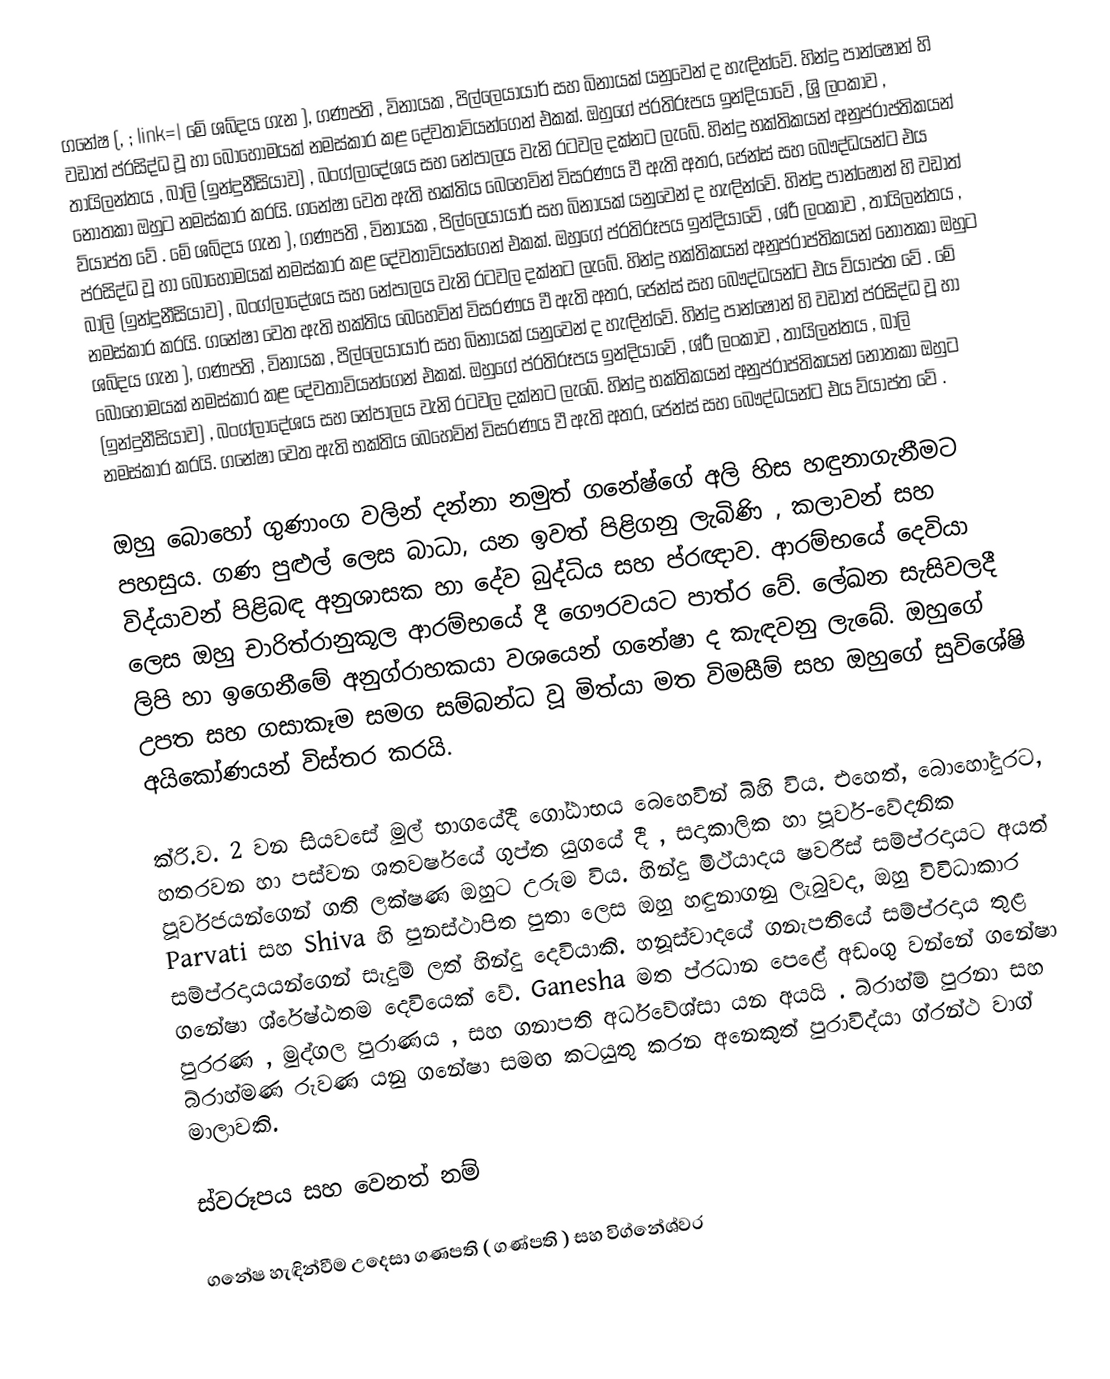
ගනේෂ (,  ; link=| මේ ශබ්දය ගැන   ), ගණපති , විනායක , පිල්ලෙයායාර් සහ බිනායක් යනුවෙන් ද හැඳින්වේ. හින්දු පාන්ෂොන් හි වඩාත් ප්රසිද්ධ වූ හා බොහෝමයක් නමස්කාර කළ දේවතාවියන්ගෙන් එකක්.   ඔහුගේ ප්රතිරූපය ඉන්දියාවේ , ශ්‍රි ලංකාව , තායිලන්තය , බාලි (ඉන්දුනීසියාව) , බංග්ලාදේශය සහ නේපාලය වැනි රටවල දක්නට ලැබේ.   හින්දු භක්තිකයන් අනුප්රාප්තිකයන් නොතකා ඔහුට නමස්කාර කරයි.   ගනේෂා වෙත ඇති භක්තිය බෙහෙවින් විසරණය වී ඇති අතර, ජෙන්ස් සහ බෞද්ධයන්ට එය ව්යාප්ත වේ .  මේ ශබ්දය ගැන   ), ගණපති , විනායක , පිල්ලෙයායාර් සහ බිනායක් යනුවෙන් ද හැඳින්වේ. හින්දු පාන්ෂොන් හි වඩාත් ප්රසිද්ධ වූ හා බොහෝමයක් නමස්කාර කළ දේවතාවියන්ගෙන් එකක්.   ඔහුගේ ප්රතිරූපය ඉන්දියාවේ , ශ්රී ලංකාව , තායිලන්තය , බාලි (ඉන්දුනීසියාව) , බංග්ලාදේශය සහ නේපාලය වැනි රටවල දක්නට ලැබේ.   හින්දු භක්තිකයන් අනුප්රාප්තිකයන් නොතකා ඔහුට නමස්කාර කරයි.   ගනේෂා වෙත ඇති භක්තිය බෙහෙවින් විසරණය වී ඇති අතර, ජෙන්ස් සහ බෞද්ධයන්ට එය ව්යාප්ත වේ .  මේ ශබ්දය ගැන   ), ගණපති , විනායක , පිල්ලෙයායාර් සහ බිනායක් යනුවෙන් ද හැඳින්වේ. හින්දු පාන්ෂොන් හි වඩාත් ප්රසිද්ධ වූ හා බොහෝමයක් නමස්කාර කළ දේවතාවියන්ගෙන් එකක්.   ඔහුගේ ප්රතිරූපය ඉන්දියාවේ , ශ්රී ලංකාව , තායිලන්තය , බාලි (ඉන්දුනීසියාව) , බංග්ලාදේශය සහ නේපාලය වැනි රටවල දක්නට ලැබේ.   හින්දු භක්තිකයන් අනුප්රාප්තිකයන් නොතකා ඔහුට නමස්කාර කරයි.   ගනේෂා වෙත ඇති භක්තිය බෙහෙවින් විසරණය වී ඇති අතර, ජෙන්ස් සහ බෞද්ධයන්ට එය ව්යාප්ත වේ .

ඔහු බොහෝ ගුණාංග වලින් දන්නා නමුත් ගනේෂ්ගේ අලි හිස හඳුනාගැනීමට පහසුය.   ගණ පුළුල් ලෙස බාධා, යන ඉවත් පිළිගනු ලැබිණි  , කලාවන් සහ විද්යාවන් පිළිබඳ අනුශාසක හා දේව බුද්ධිය සහ ප්රඥාව.   ආරම්භයේ දෙවියා ලෙස ඔහු චාරිත්රානුකූල ආරම්භයේ දී ගෞරවයට පාත්ර වේ.  ලේඛන සැසිවලදී ලිපි හා ඉගෙනීමේ අනුග්රාහකයා වශයෙන් ගනේෂා ද කැඳවනු ලැබේ.   ඔහුගේ උපත සහ ගසාකෑම සමග සම්බන්ධ වූ මිත්යා මත විමසීම් සහ ඔහුගේ සුවිශේෂි අයිකෝණයන් විස්තර කරයි.

ක්රි.ව. 2 වන සියවසේ මුල් භාගයේදී ගෝඨාභය බෙහෙවින් බිහි විය.  එහෙත්, බොහෝදුරට, හතරවන හා පස්වන ශතවර්ෂයේ ගුප්ත යුගයේ දී , සදාකාලික හා පූර්ව-වේදනික පූර්වජයන්ගෙන් ගති ලක්ෂණ ඔහුට උරුම විය.   හින්දු මිථ්යාදය ෂවරීස් සම්ප්රදායට අයත් Parvati සහ Shiva හි පුනස්ථාපිත පුතා ලෙස ඔහු හඳුනාගනු ලැබුවද, ඔහු විවිධාකාර සම්ප්රදායයන්ගෙන් සැදුම් ලත් හින්දු දෙවියාකි.    හනූස්වාදයේ ගනැපතියේ සම්ප්රදාය තුළ ගනේෂා ශ්රේෂ්ඨතම දෙවියෙක් වේ.   Ganesha මත ප්රධාන පෙළේ අඩංගු වන්නේ ගනේෂා පුරරණ , මුද්ගල පුරාණය , සහ ගනාපති අර්ධවේශ්සා යන අයයි .  බ්රාහ්ම් පුරනා සහ බ්රාහ්මණ රුවණ යනු ගනේෂා සමඟ කටයුතු කරන අනෙකුත් පුරාවිද්යා ග්රන්ථ වාග් මාලාවකි.

ස්වරූපය සහ වෙනත් නම්

ගනේෂ හැඳින්වීම උදෙසා  ගණපති ( ගණ්පති ) සහ විග්නේශ්වර